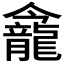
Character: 𪚕